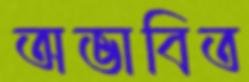
অভাবিত